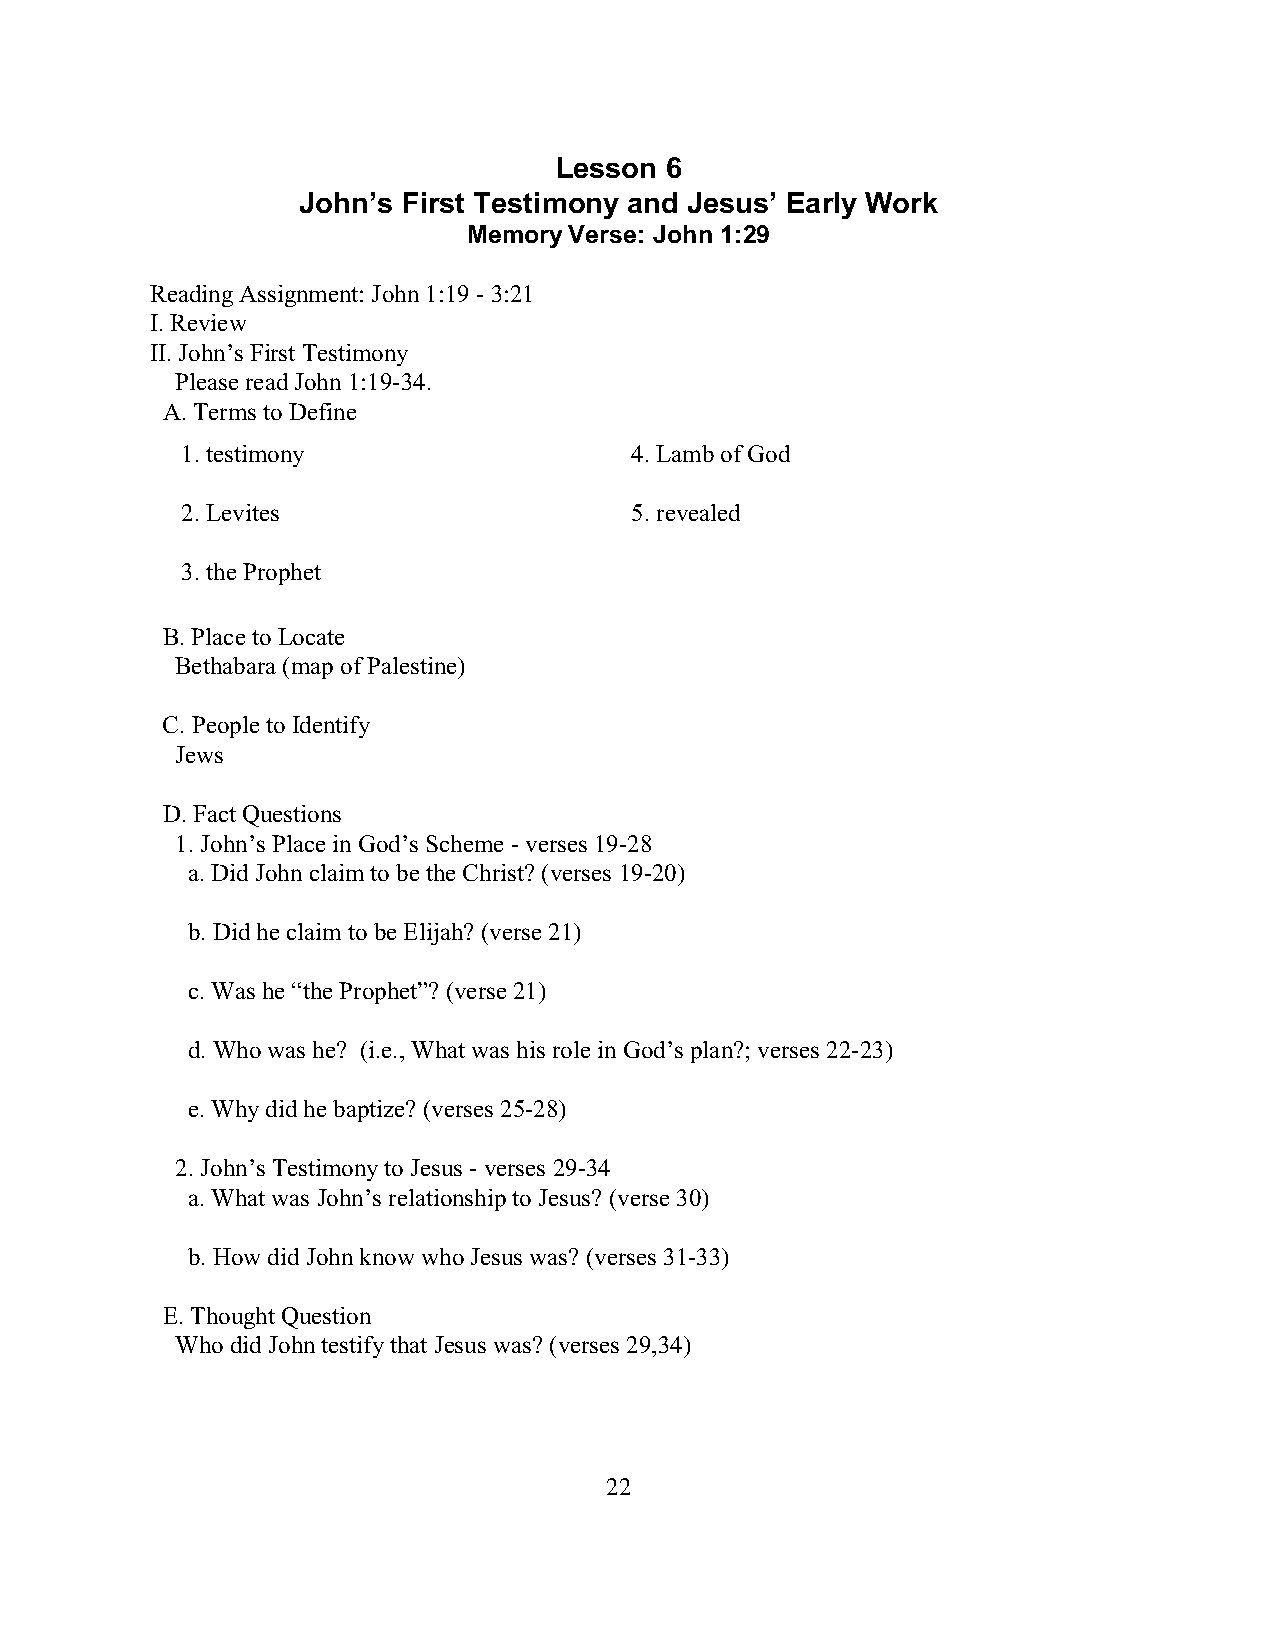
Lesson 6
 John’s First Testimony and Jesus’ Early Work
 Memory Verse: John 1:29
 Reading Assignment: John 1:19 - 3:21
 I. Review
 II. John’s First Testimony
 Please read John 1:19-34.
 A. Terms to Define
 1. testimony                  4. Lamb of God
 2. Levites                    5. revealed
 3. the Prophet
 B. Place to Locate
 Bethabara (map of Palestine)
 C. People to Identify
 Jews
 D. Fact Questions
 1. John’s Place in God’s Scheme - verses 19-28
 a. Did John claim to be the Christ? (verses 19-20)
 b. Did he claim to be Elijah? (verse 21)
 c. Was he “the Prophet”? (verse 21)
 d. Who was he? (i.e., What was his role in God’s plan?; verses 22-23)
 e. Why did he baptize? (verses 25-28)
 2. John’s Testimony to Jesus - verses 29-34
 a. What was John’s relationship to Jesus? (verse 30)
 b. How did John know who Jesus was? (verses 31-33)
 E. Thought Question
 Who did John testify that Jesus was? (verses 29,34)
 22